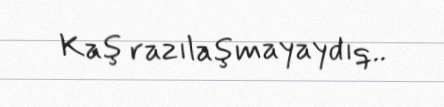
Kaş razılaşmayaydıq..